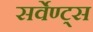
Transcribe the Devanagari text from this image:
सर्वेण्ट्स